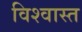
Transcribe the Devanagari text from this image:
विश्वास्त